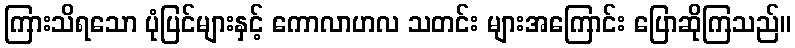
ကြားသိရသော ပုံပြင်များနှင့် ကောလာဟလ သတင်း များအကြောင်း ပြောဆိုကြသည်။